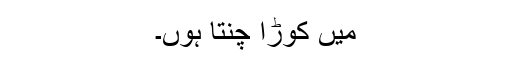
مَیں کُوڑا چُنتا ہوں۔